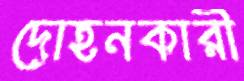
দোহনকারী